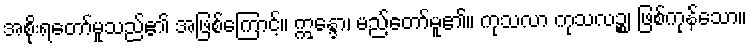
အစိုးရတော်မူသည်၏ အဖြစ်ကြောင့်။ ဣန္ဒော၊ မည်တော်မူ၏။ ကုသလာ ကုသလဉ္စ၊ ဖြစ်ကုန်သော။